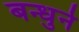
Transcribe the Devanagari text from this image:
बन्धुर्न